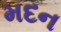
મદન